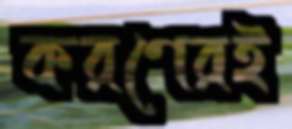
করণেরই